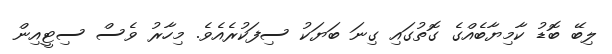
ލިބޭ ބޮޑު ކާމިޔާބެއްގެ ގޮތުގައި ގިނަ ބަޔަކު ސިފަކުރެއެވެ. މިހާރު ވެސް ސިޓީއިން